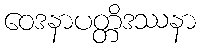
ဝေဒနာပတ္တိဒဿနာ